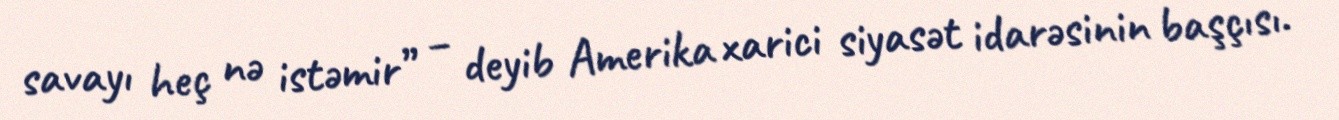
savayı heç nə istəmir” – deyib Amerika xarici siyasət idarəsinin başçısı.